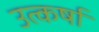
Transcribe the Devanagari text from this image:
उत्कर्षा